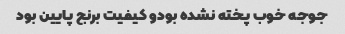
جوجه خوب پخته نشده بودو کیفیت برنج پایین بود